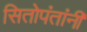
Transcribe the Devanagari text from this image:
सितोपंतांनी